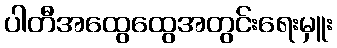
ပါတီအထွေထွေအတွင်းရေးမှူး